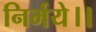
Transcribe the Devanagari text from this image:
निर्भये।।